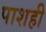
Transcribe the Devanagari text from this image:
पाशही